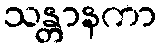
သန္တာနကာ